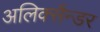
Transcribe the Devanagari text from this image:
अलिक्सैन्डर